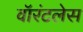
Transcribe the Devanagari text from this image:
वॉरंटलेस